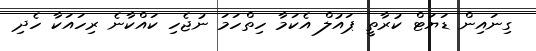
ގިނައިން ޑަޔަޓް ކުރާތީ ޕައުލް އެކަމާ ހިތްހަމަ ނުޖެހި ކައްކާނެ ރިހައަކާ ހެދި